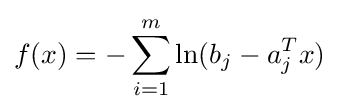
f(x)=-\sum _{i=1}^{m}\ln(b_{j}-a_{j}^{T}x)